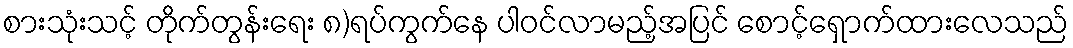
စားသုံးသင့် တိုက်တွန်းရေး ၈)ရပ်ကွက်နေ ပါဝင်လာမည့်အပြင် စောင့်ရှောက်ထားလေသည်